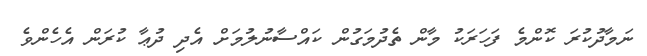
ނަމާދުކުރަ ކޮންމެ ފަހަރަކު މާން ތެދުމަގުން ކައްސާނުލުމަށް އެދި ދުޢާ ކުރަން އެހެންވެ